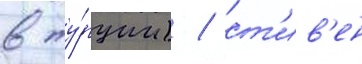
в ту́рции) / ст'ив'ен